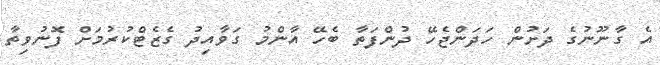
އެ ގާނޫނުގެ ދަށުން ހަދަންޖެހޭ ދުންފަތާ ބެހޭ އާންމު ގަވާއިދު ގެޒެޓްކުރުމަށް ފޮނުވިތާ